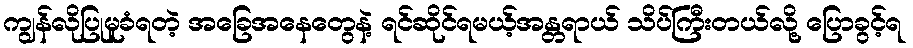
ကျွန်လိုပြုမူခံရတဲ့ အခြေအနေတွေနဲ့ ရင်ဆိုင်ရမယ့်အန္တရာယ် သိပ်ကြီးတယ်လို့ ပြောခွင့်ရ